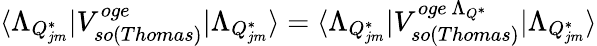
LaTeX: \langle\Lambda_{Q_{jm}^{*}}\vert V_{so(Thomas)}^{oge}\vert\Lambda_{Q_{jm}^{*}}\rangle=\langle\Lambda_{Q_{jm}^{*}}\vert V_{so(Thomas)}^{oge~\Lambda_{Q^{*}}}\vert\Lambda_{Q_{jm}^{*}}\rangle